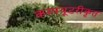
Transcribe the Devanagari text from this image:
कम्‍पयूटरीकृत